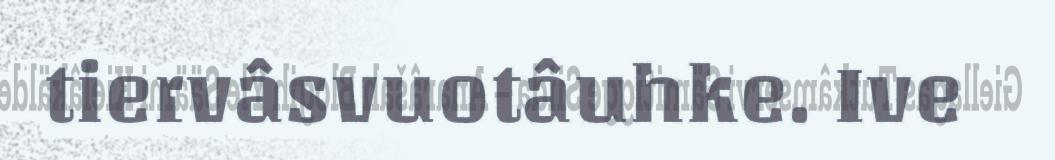
tiervâsvuotâuhke. Ive